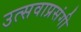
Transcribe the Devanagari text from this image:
उत्सवाप्रसंगी